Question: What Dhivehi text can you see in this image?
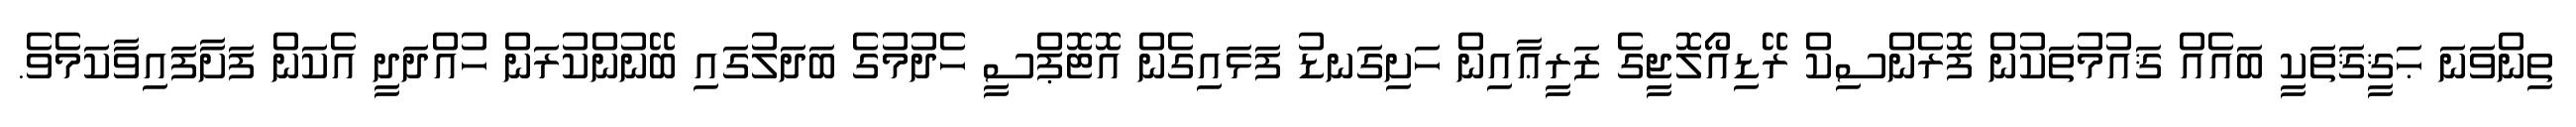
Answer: ތިންވަނަ ޙަޤީޤަތަކީ ބައެއް ޤައުމުތަކުން ފޮރެންސިކް ރޭޑިއޯލޮޖީގެ ޒަރީޢާއިން ހަށިގަނޑު ފަޅައިގެން އޮޓޮޕްސީ ހެދުމުގެ ބަދަލުގައި ބޭނުންކުރަން ހުއްދަދީ އެކަން ފަށާފައިވާކަމެވެ.